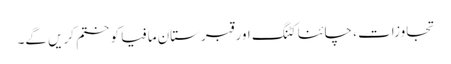
تجاوزات ، چائنا کٹنگ اور قبرستان مافیا کو ختم کریں گے۔